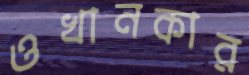
ওখানকার